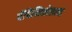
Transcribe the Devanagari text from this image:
पॅपिनिकोलाव्ह